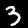
Label: 3